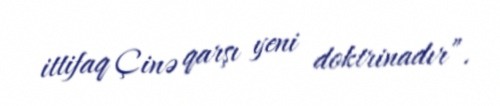
ittifaq Çinə qarşı yeni doktrinadır”.